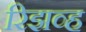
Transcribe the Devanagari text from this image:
रिझव्ह